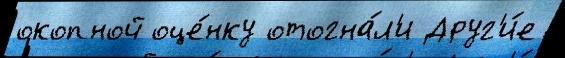
окопной оце́нку отогна́л'и Друг'и́е